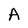
Character: A